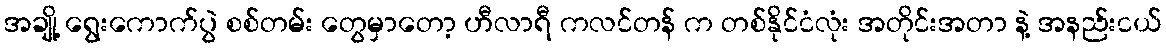
အချို့ ရွေးကောက်ပွဲ စစ်တမ်း တွေမှာတော့ ဟီလာရီ ကလင်တန် က တစ်နိုင်ငံလုံး အတိုင်းအတာ နဲ့ အနည်းငယ်